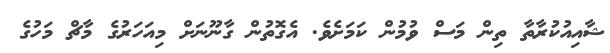
ޝާއިއުކުރާތާ ތިން މަސް ވުމުން ކަމަށެވެ. އެގޮތުން ގާނޫނަށް މިއަހަރުގެ މާޗް މަހުގެ